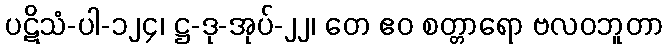
ပဋိသံ-ပါ-၁၂၄၊ ဋ္ဌ-ဒု-အုပ်-၂၂၊ တေ ဧဝ စတ္တာရော ဗလဝဘူတာ